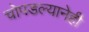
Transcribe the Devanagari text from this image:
चोपडल्यानेही